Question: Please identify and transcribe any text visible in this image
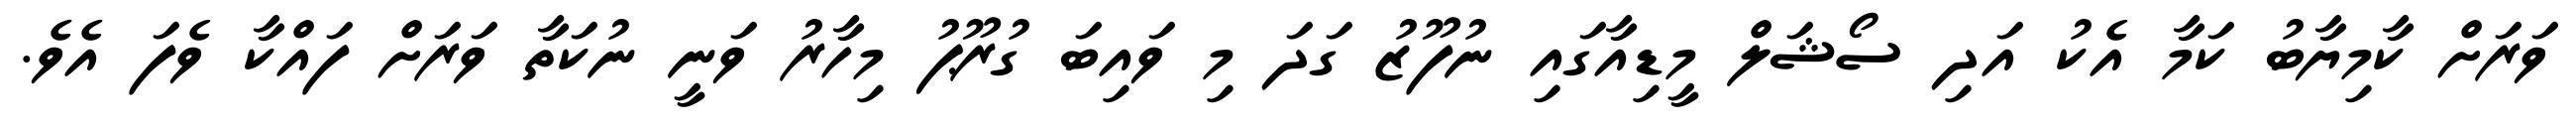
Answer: ވަރަށް ކާމިޔާބު ކަމާ އެކު އަދި ސޯޝަލް މީޑިއާގައި ނުފޫޒު ގަދަ މި ވައިބަ ގުރޫޕު މިހާރު ވަނީ ނުކަތާ ވަރަށް ފައްކާ ވެފަ އެވެ.